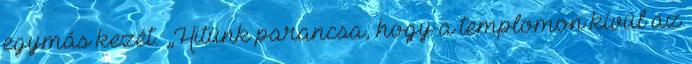
egymás kezét. „Hitünk parancsa, hogy a templomon kívül az